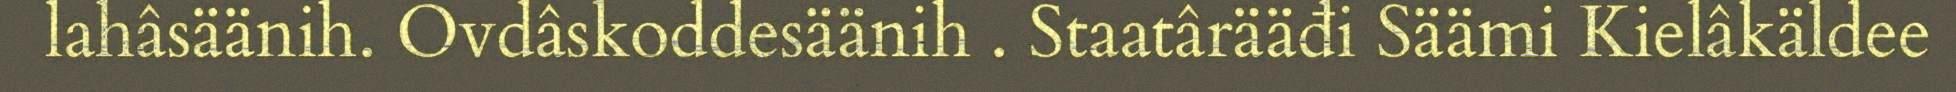
lahâsäänih. Ovdâskoddesäänih . Staatârääđi Säämi Kielâkäldee